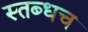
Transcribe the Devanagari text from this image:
स्तब्धच